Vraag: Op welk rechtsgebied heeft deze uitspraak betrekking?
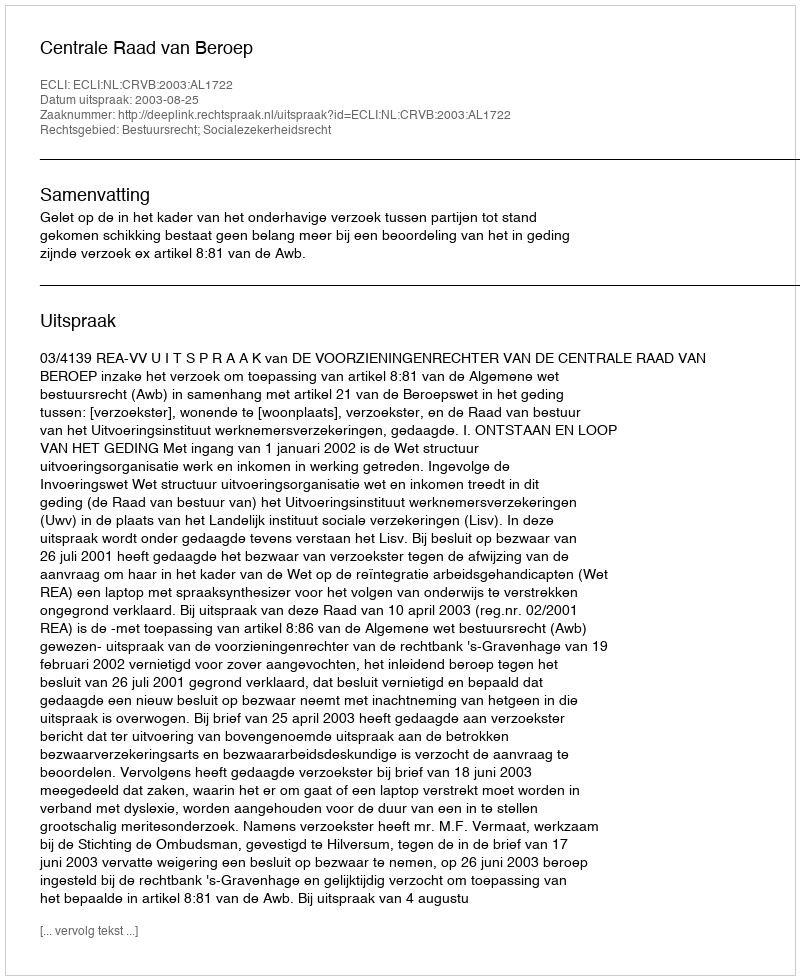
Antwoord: Bestuursrecht; Socialezekerheidsrecht